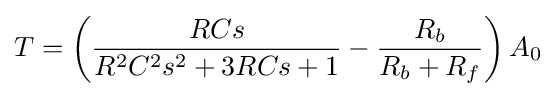
T=\left({\frac {RCs}{R^{2}C^{2}s^{2}+3RCs+1}}-{\frac {R_{b}}{R_{b}+R_{f}}}\right)A_{0}